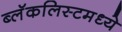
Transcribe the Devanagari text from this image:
ब्लॅकलिस्टमध्ये